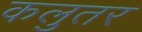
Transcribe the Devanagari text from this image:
कलुतर